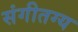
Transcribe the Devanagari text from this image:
संगीतग्य